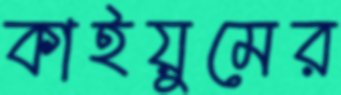
কাইয়ুমের